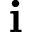
\mathbf { i }